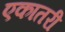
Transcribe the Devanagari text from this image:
एकातरी